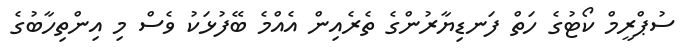
ސުޕްރީމް ކޯޓުގެ ހަތް ފަނޑިޔާރުންގެ ތެރެއިން އެއްމެ ބޭފުޅަކު ވެސް މި އިންތިހާބުގެ